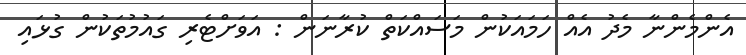
އެންމެންނާ މެދު އެއް ހަމައަކުން މަސައްކަތް ކުރާނަން : އަވަށްޓެރި ގައުމުތަކުން ގުޅައި